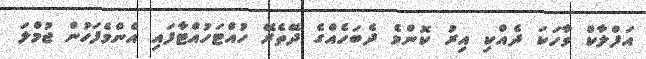
އަފްލާކް ވާހަކަ ދެއްކި އިރު ކޮންމެ ދެބަހެއްގެ ދޭތެރޭ ހުއްޓަހުއްޓާފައި އެންމެފަހުން ޖުމްލަ